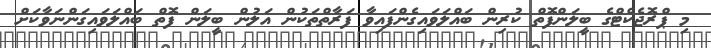
މި ޕްރޮޖެކްޓްގެ ބީލަންފޮތް ކުރިން ބައްލަވައިގެންފައިވާ ފަރާތްތަކުން އަލުން ބީލަން ފޮތް ބައްލަވައިގަންނަވާކަށް